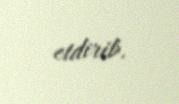
etdirib.